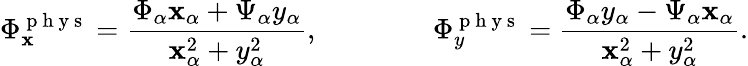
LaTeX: \Phi_{\mathbf{x}}^{\mathrm{{~p~h~y~s~}}}=\frac{{\Phi_{\alpha}\mathbf{x}_{\alpha}+\Psi_{\alpha}y_{\alpha}}}{{\mathbf{x}_{\alpha}^{2}+y_{\alpha}^{2}}},\qquad\qquad\Phi_{y}^{\mathrm{{~p~h~y~s~}}}=\frac{{\Phi_{\alpha}y_{\alpha}-\Psi_{\alpha}\mathbf{x}_{\alpha}}}{{\mathbf{x}_{\alpha}^{2}+y_{\alpha}^{2}}}.